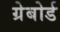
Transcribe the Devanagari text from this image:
ग्रेबोर्ड